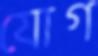
যোগ